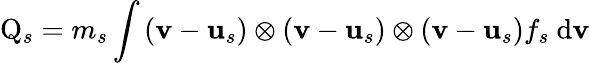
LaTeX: \mathrm{Q}_{s}=m_{s}\int\left(\mathbf{v}-\mathbf{u}_{s}\right)\otimes\left(\mathbf{v}-\mathbf{u}_{s}\right)\otimes\left(\mathbf{v}-\mathbf{u}_{s}\right)f_{s}\mathrm{~d}\mathbf{v}